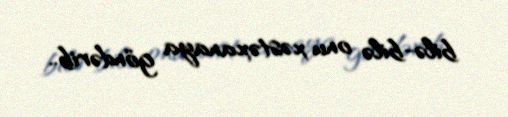
bilə-bilə onu xəstəxanaya göndərib..